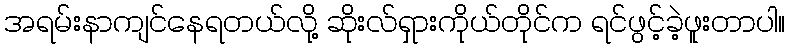
အရမ်းနာကျင်နေရတယ်လို့ ဆိုးလ်ရှားကိုယ်တိုင်က ရင်ဖွင့်ခဲ့ဖူးတာပါ။